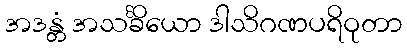
အဒန္တံ အသင်္ခိယော ဒါသိဂဏပရိဝုတာ